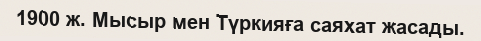
1900 ж. Мысыр мен Түркияға саяхат жасады.